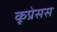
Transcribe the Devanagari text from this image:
कूप्रेसस